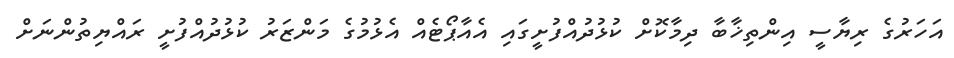
އަހަރުގެ ރިޔާސީ އިންތިޚާބާ ދިމާކޮށް ކުޅުދުއްފުށީގައި އެއާޕޯޓެއް އެޅުމުގެ މަންޒަރު ކުޅުދުއްފުށީ ރައްޔިތުންނަށް